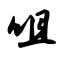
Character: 咀